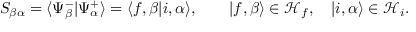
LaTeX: S _ { \beta \alpha } = \langle \Psi _ { \beta } ^ { - } | \Psi _ { \alpha } ^ { + } \rangle = \langle f , \beta | i , \alpha \rangle , \qquad | f , \beta \rangle \in { \mathcal { H } } _ { f } , \quad | i , \alpha \rangle \in { \mathcal { H } } _ { i } .